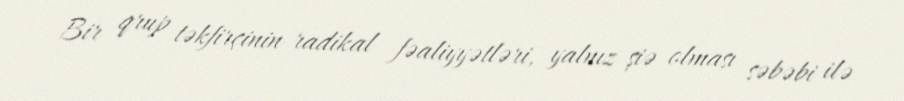
Bir qrup təkfirçinin radikal fəaliyyətləri, yalnız şiə olması səbəbi ilə